Report of the Indian Hemp Drugs Commission, 1894-1895 - Volume VII
Year: 1894
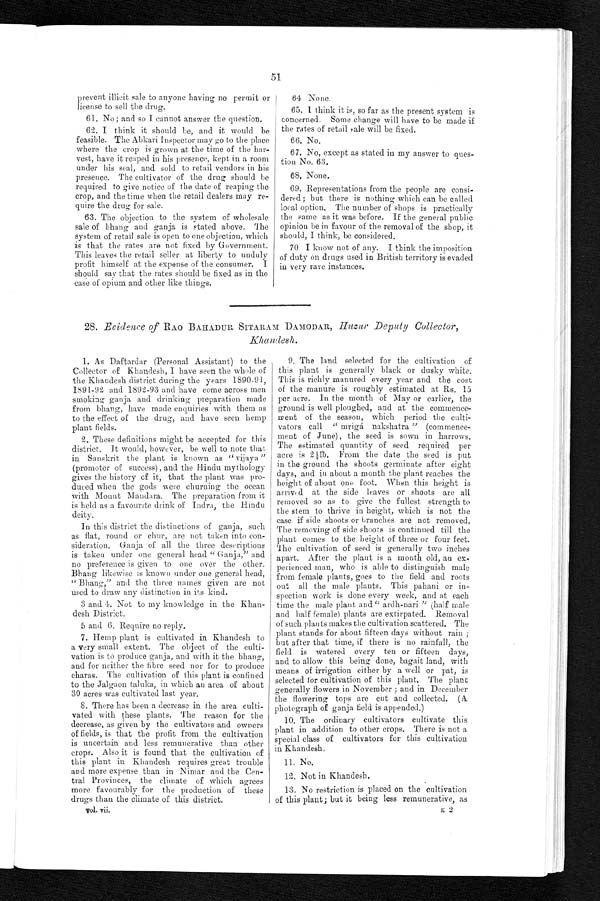
51
prevent illicit sale to anyone having no permit or
license to sell the drug.
61. No ; and so I cannot answer the question.
62. I think it should be, and it would be
feasible. The Abkari Inspector may go to the place
where the crop is grown at the time of the har
- v e s t , h a v e i t r e a p e d i n h i s p r e s e n c e , k e p t i n a r o o m
under his seal, and sold to retail vendors in his
presence. The cultivator of the drug should be
required to give notice of the date of reaping the
crop, and the time when the retail dealers may re
- q u i r e t h e d r u g f o r s a l e .
63. The objection to the system of wholesale
sale of bhang and ganja is stated above, The
system of retail sale is open to one objection, which
is that the rates are not fixed by Government.
This leaves the retail seller at liberty to unduly
profit himself at the expense of the consumer. I
should say that the rates should be fixed as in the
case of opium and other like things.
64 None.
65. I think it is, so far as the present system is
concerned. Some change will have to be made if
the rates of retail sale will be fixed.
66. No.
67. No, except as stated in my answer to ques
-tion No. 63.
68. None.
69. Representations from the people are consi
- d e r e d ; b u t t h e r e i s n o t h i n g w h i c h c a n b e c a l l e d
local option. The number of shops is practically
the same as it was before. If the general public
opinion be in favour of the removal of the shop, it
should, I think, be considered.
70 I know not of any. I think the imposition
of duty on drugs used in British territory is evaded
in very rare instances.
28. Evidence of RAO BAHADUR SITARAM DAMODAR, H uzur Deputy Collector,
Khandesh.
1. As Daftardar (Personal Assistant) to the
Collector of Khandesh, I have seen the whole of
the Khandesh district during the years 1890-91,
1891-92 and 1892-93 and have come across men
smoking ganja and drinking preparation made
from bhang, have made enquiries with them as
to the effect of the drug, and have seen hemp
plant fields.
2. These definitions might be accepted for this
district. It would, however, be well to note that
in Sanskrit the plant is known as "vijaya"
(promoter of success), and the Hindu mythology
gives the history of it, that the plant was pro
- d u c e d w h e n t h e g o d s w e r e c h u r n i n g t h e o c e a n
with Mount Mandara. The preparation from it
is held as a favourite drink of Indra, the Hindu
deity.
In this district the distinctions of ganja, such
as flat, round or chur, are not taken into con
- s i d e r a t i o n . G a n j a o f a l l t h e t h r e e d e s c r i p t i o n s
is taken under one general head "Ganja," and
no preference is given to one over the other.
Bhang likewise is known under one general head,
"Bhang," and the three names given are not
used to draw any distinction in its kind.
3 and 4. Not to my knowledge in the Khan
- d e s h D i s t r i c t .
5 and 6. Require no reply.
7. Hemp plant is cultivated in Khandesh to
a very small extent. The object of the culti
- v a t i o n i s t o p r o d u c e g a n j a , a n d w i t h i t t h e b h a n g ,
and for neither the fibre seed nor for to produce
charas. The cultivation of this plant is confined
to the Jalgaon taluka, in which an area of about
30 acres was cultivated last year.
8. There has been a decrease in the area culti
- v a t e d w i t h t h e s e p l a n t s . T h e r e a s o n f o r t h e
decrease, as given by the cultivators and owners
of fields, is that the profit from the cultivation
is uncertain and less remunerative than other
crops. Also it is found that the cultivation of
this plant in Khandesh requires great trouble
and more expense than in Nimar and the Cen
- t r a l P r o v i n c e s , t h e c l i m a t e o f w h i c h a g r e e s
more favourably for the production of these
drugs than the climate of this district.
V o l . v i i .
9. The land selected for the cultivation of
this plant is generally black or dusky white.
This is richly manured every year and the cost
of the manure is roughly estimated at Rs. 15
per acre. In the month of May or earlier, the
ground is well ploughed, and at the commence
-ment of the season, which period the culti
-vators call "mrigá nakshatra" (commence
-ment of June), the seed is sown in harrows.
The estimated quantity of seed required per
acre is 2½Њ . F r o m t h e d a t e t h e s e e d i s p u t
in the ground the shoots germinate after eight
days, and in about a month the plant reaches the
height of about one foot. When this height is
arrived at the side leaves or shoots are all
removed so as to give the fullest strength to
the stem to thrive in height, which is not the
case if side shoots or branches are not removed.
The removing of side shoots is continued till the
plant comes to the height of three or four feet.
The cultivation of seed is generally two inches
apart. After the plant is a month old, an ex
-perienced man, who is able to distinguish male
from female plants, goes to the field and roots
out all the male plants. This pahani or in
-spection work is done every week, and at each
time the male plant and "ardh-nari" (half male
and half female) plants are extirpated. Removal
of such plants makes the cultivation scattered. The
plant stands for about fifteen days without rain ;
but after that time, if there is no rainfall, the
field is watered every ten or fifteen days,
and to allow this being done, bagait land, with
means of irrigation either by a well or pat, is
selected for cultivation of this plant. The plant
generally flowers in November ; and in December
the flowering tops are cut and collected. (A
photograph of ganja field is appended.)
10. The ordinary cultivators cultivate this
plant in addition to other crops. There is not a
special class of cultivators for this cultivation
in Khandesh.
11. No.
12. Not in Khandesh.
13. No restriction is placed on the cultivation
of this plant ; but it being less remunerative, as